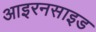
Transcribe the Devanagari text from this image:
आइरनसाइड